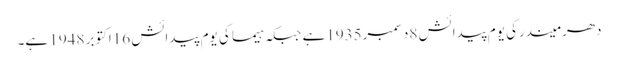
دھرمیندرکی یوم پیدائش 8دسمبر1935ہے جبکہ ہیما کی یوم پیدائش 16اکتوبر 1948 ہے۔